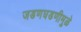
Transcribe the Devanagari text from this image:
जडणघडणीमुळे